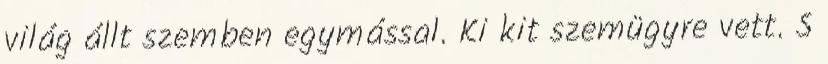
világ állt szemben egymással. Ki kit szemügyre vett. S